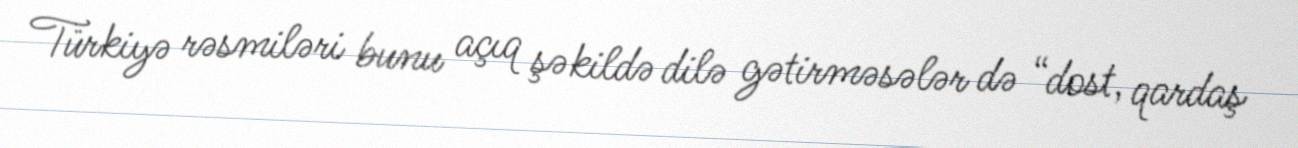
Türkiyə rəsmiləri bunu açıq şəkildə dilə gətirməsələr də “dost, qardaş